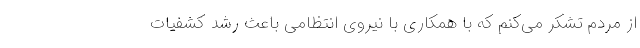
از مردم تشکر می‌کنم که با همکاری با نیروی انتظامی باعث رشد کشفیات